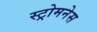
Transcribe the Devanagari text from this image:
स्ट्रोमनेस